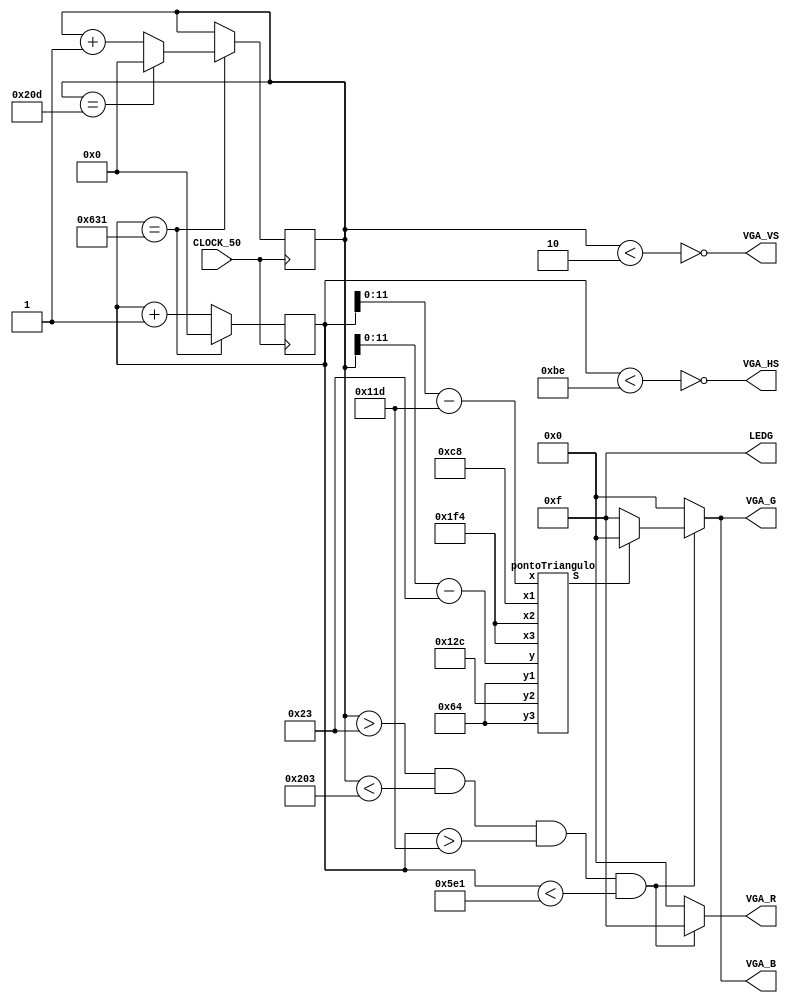
module VGA(
    input CLOCK_50,
    output [3:0] VGA_R,
    output [3:0] VGA_G,
    output [3:0] VGA_B,
     output [3:0] LEDG,
    output VGA_HS,
    output VGA_VS
);


reg [30:0] h_count = 0;
reg [30:0] v_count = 0;

reg [3:0] R;
reg [3:0] G;
reg [3:0] B;

assign LEDG = 4'b1111;

assign VGA_HS = ~(h_count < 190);
assign VGA_VS = ~(v_count < 2);

wire [12:0] x;
wire [12:0] y;

assign x = h_count - 285;
assign y = v_count - 35;

wire q = (x > 0) & (x < 1300) & (y > 0) & (y < 505);

wire [11:0] Ponto1X = 200;
wire [11:0] Ponto1Y = 100;

wire [11:0] Ponto2X = 500;
wire [11:0] Ponto2Y = 300;

wire [11:0] Ponto3X = 500;
wire [11:0] Ponto3Y = 100;

wire [11:0] PontoTX;
wire [11:0] PontoTY;

assign PontoTX = x;
assign PontoTY = y;

wire Dentro;

pontoTriangulo A(Ponto1X, Ponto1Y, Ponto2X, Ponto2Y, Ponto3X, Ponto3Y, PontoTX, PontoTY, Dentro);

wire visible;
assign visible = (v_count > 35) & (v_count < 515) & (h_count > 285) & (h_count < 1505);


assign VGA_R = visible ? R : 0;
assign VGA_G = visible ? G : 0;
assign VGA_B = visible ? B : 0;

always @(posedge CLOCK_50) begin
    if(h_count == 1585) begin
        h_count <= 0;
        if(v_count == 525) begin
            v_count <= 0;
        end
        else begin
            v_count <= v_count + 1;
        end
    end
    else begin
        h_count <= h_count + 1;
    end
end
always@(*) begin
	if(Dentro) begin
		R <= 4'hf;
		G <= 4'h0;
		B <= 4'h0;
	end
	else begin
		R <= 4'hf;
		G <= 4'hf;
		B <= 4'hf;
	end
end

endmodule

module sinal (

    input [11:0] Ponto1X,
    input [11:0] Ponto1Y,

    input [11:0] Ponto2X,
    input [11:0] Ponto2Y,

    input [11:0] PontoTX,
    input [11:0] PontoTY,

    output Dentro

    );

    // Declarao dos Fios
    wire signed [11:0] Subtracao1;
    wire signed [11:0] Subtracao2;
    wire signed [11:0] Subtracao3;
    wire signed [11:0] Subtracao4;

    wire signed [22:0] Multiplicacao1;
    wire signed [22:0] Multiplicacao2;

    wire signed [22:0] Subtracao5; // comparador


    // Ligao dos Fios

    assign Subtracao1 = PontoTX - Ponto2Y;
    assign Subtracao2 = Ponto1Y - Ponto2Y;
    assign Subtracao3 = Ponto1X - Ponto2X;
    assign Subtracao4 = PontoTY - Ponto2Y;

    assign Multiplicacao1 = Subtracao1 * Subtracao2;
    assign Multiplicacao2 = Subtracao3 * Subtracao4;

    assign Subtracao5 = Multiplicacao1 - Multiplicacao2;

    assign sinal = (Subtracao5 >= 0) ? 1 : 0; //==== Verifica se o resultado da ultima multiplicao  maior ou igual a zero e retornar o sinal 1 ou 0.

endmodule


module pontoTriangulo (
  input [11:0] x1,
  input [11:0] y1,
  input [11:0] x2,
  input [11:0] y2,
  input [11:0] x3,
  input [11:0] y3,
  input [11:0] x,
  input [11:0] y,
  output reg S
  );

  wire signed [0:0] A;
  wire signed [0:0] A1;
  wire signed [0:0] A2;
  wire signed [0:0] A3;

  sinal a(x1, y1, x2, y2, x3, y3, A);
  sinal b(x, y, x2, y2, x3, y3, A1);
  sinal c(x1, y1, x, y, x3, y3, A2);
  sinal d(x1, y1, x2, y2, x, y, A3);

    
  always @ (A, A1, A2, A3) begin
    if (A == (A1 + A2 + A3))
      begin
        S <= 1;
      end
    else
      begin
        S <= 0;
      end
  end
endmodule